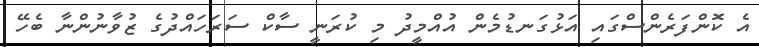
އެ ކޮންފަރެންސްގައި އަޅުގަނޑުމެން އުއްމީދު މި ކުރަނީ ސާކް ސަރަހައްދުގެ ޒުވާނުންނާ ބެހޭ